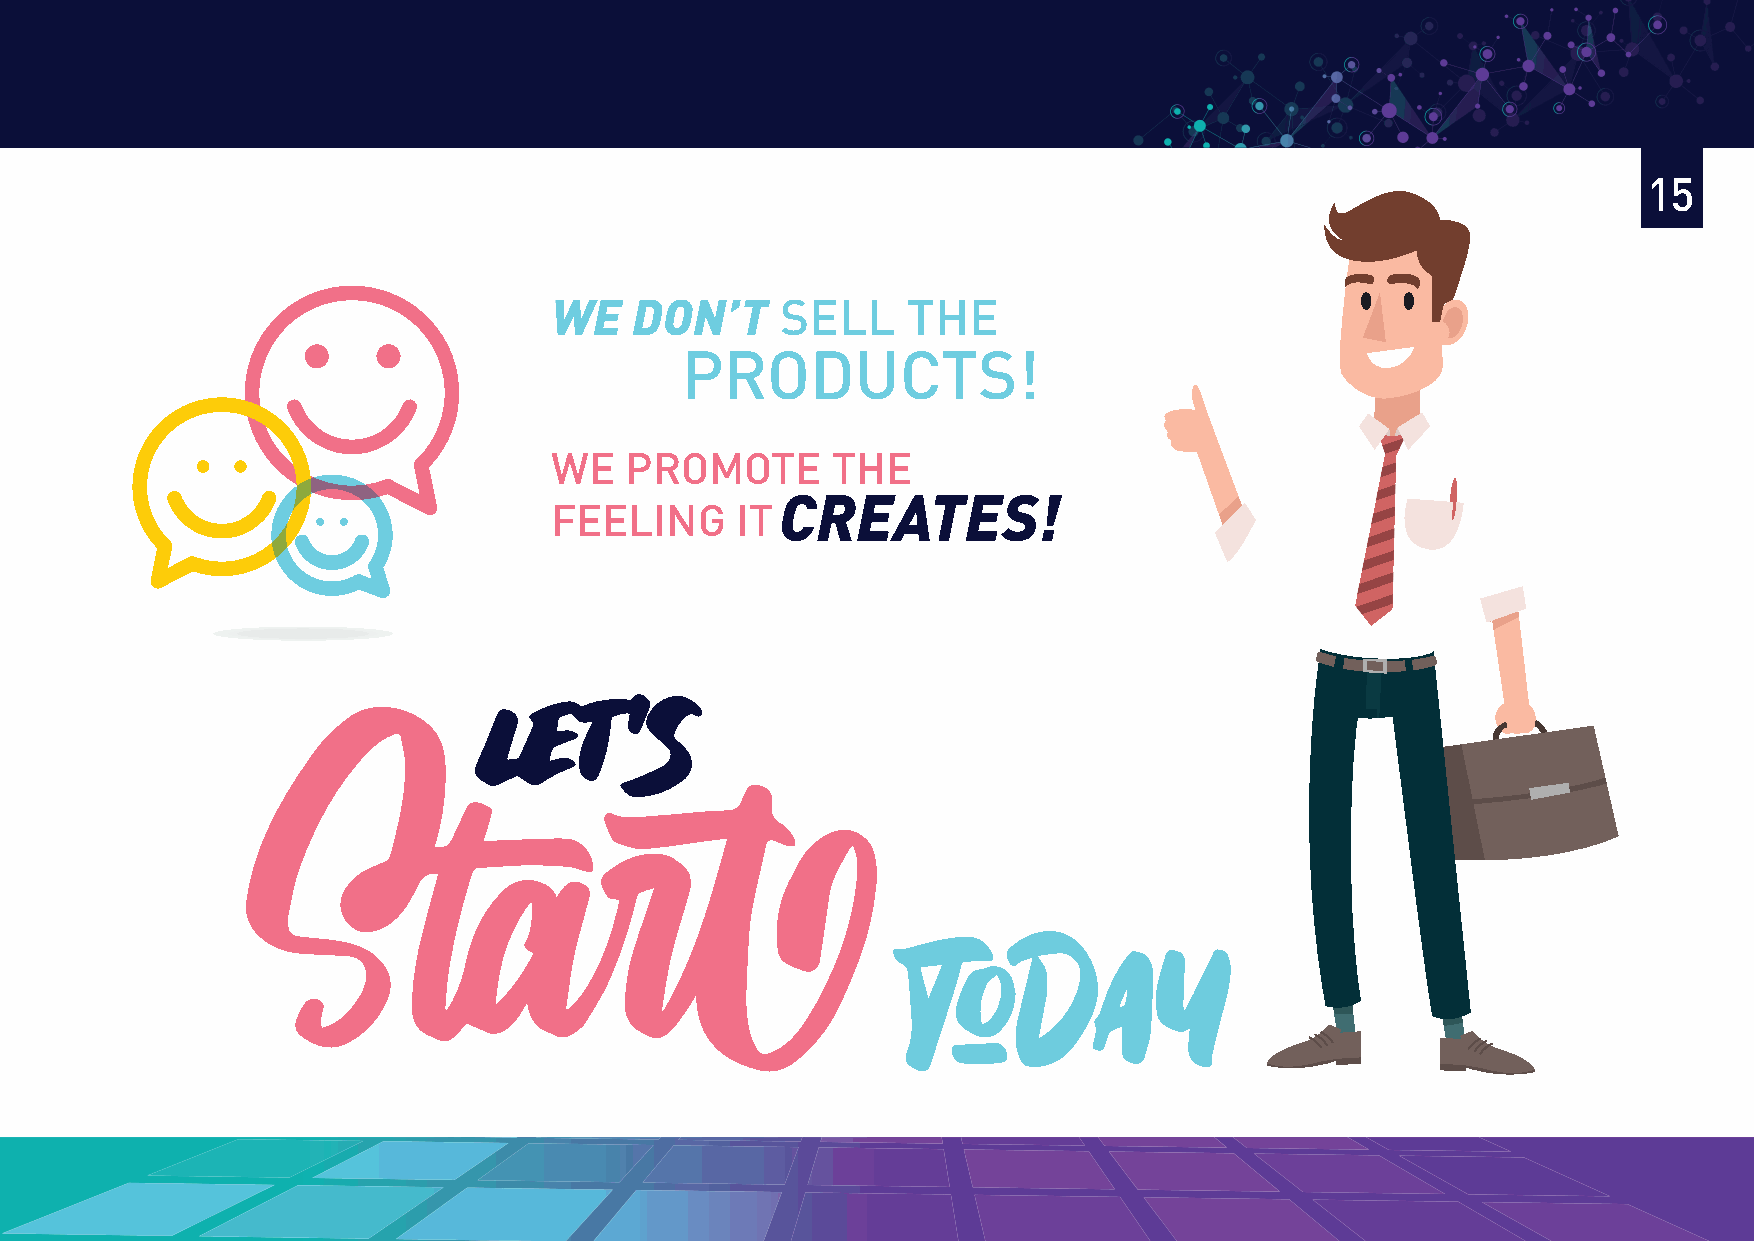
15
 WWWEEE DDDOOONNN’’’TTT SSEELLLL TTHHEE
 PRODUCTS!
 WE   PROMOTE       THE
 CREATES!
 FEELING      IT